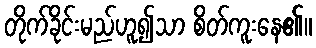
တိုက်ခိုင်းမည်ဟူ၍သာ စိတ်ကူးနေ၏။